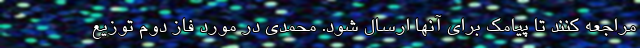
مراجعه کنند تا پیامک برای آنها ارسال شود. محمدی در مورد فاز دوم توزیع